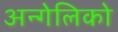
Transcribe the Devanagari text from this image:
अन्गेलिको